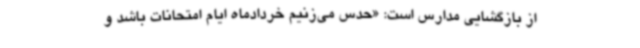
از بازگشایی مدارس است: «حدس می‌زنیم خردادماه ایام امتحانات باشد و